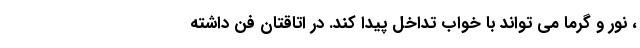
، نور و گرما می تواند با خواب تداخل پیدا کند. در اتاقتان فن داشته